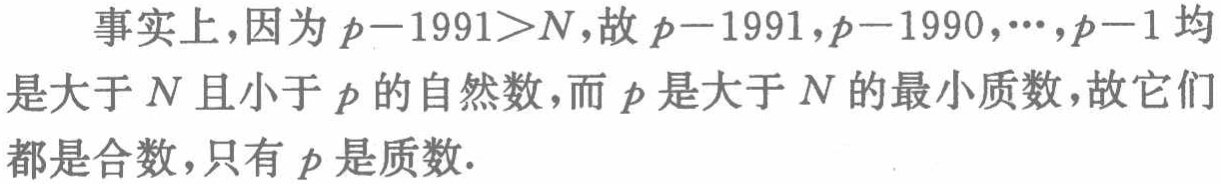
事实上，因为\(p - 1991 > N\)，故\(p - 1991,p - 1990,\cdots,p - 1\)均是大于\(N\)且小于\(p\)的自然数，而\(p\)是大于\(N\)的最小质数，故它们都是合数，只有\(p\)是质数.